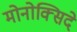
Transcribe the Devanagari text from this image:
मोनोक्सिदे